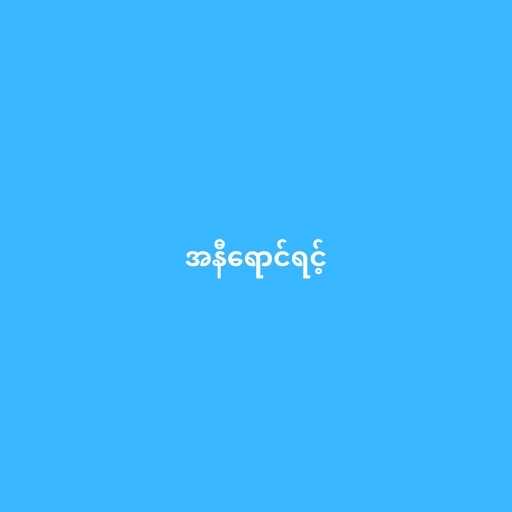
အနီရောင်ရင့်